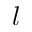
l